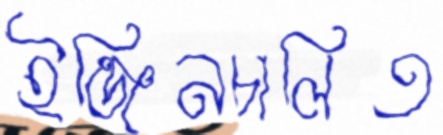
ইঞ্জিনচালিত